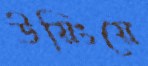
উয়িংয়ে